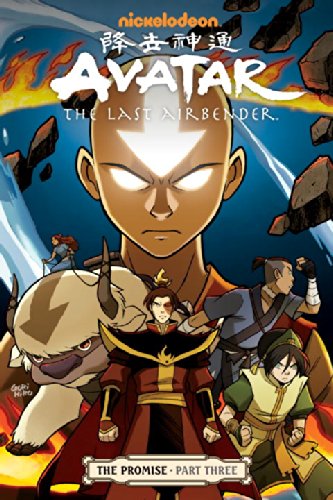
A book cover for Avatar: The Last Airbender: The Promise, Part 3; Gene Luen Yang; Comics & Graphic Novels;